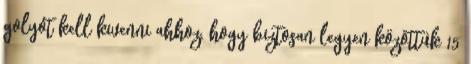
golyót kell kivenni ahhoz, hogy biztosan legyen közöttük 15